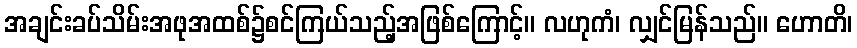
အချင်းခပ်သိမ်းအဖုအထစ်၌စင်ကြယ်သည့်အဖြစ်ကြောင့်။ လဟုကံ၊ လျှင်မြန်သည်။ ဟောတိ၊